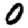
Digit: 0